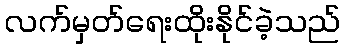
လက်မှတ်ရေးထိုးနိုင်ခဲ့သည်